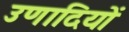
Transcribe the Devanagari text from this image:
उणादियों